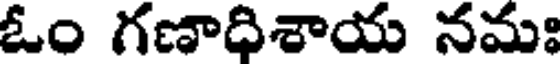
ఓం గణాధిశాయ నమః